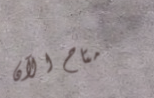
متاح الآن